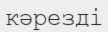
кәрезді